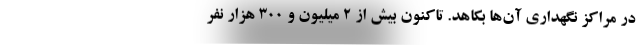
در مراکز نگهداری آن‌ها بکاهد. تاکنون بیش از ۲ میلیون و ۳۰۰ هزار نفر